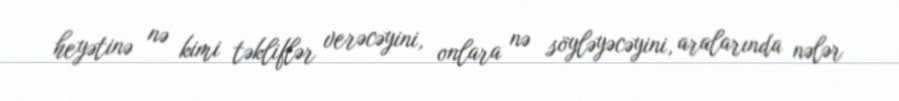
heyətinə nə kimi təkliflər verəcəyini, onlara nə söyləyəcəyini, aralarında nələr